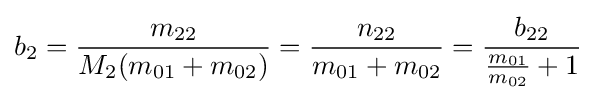
b_{2}={\frac {m_{22}}{M_{2}(m_{01}+m_{02})}}={\frac {n_{22}}{m_{01}+m_{02}}}={\frac {b_{22}}{{\frac {m_{01}}{m_{02}}}+1}}